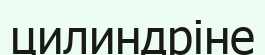
цилиндріне